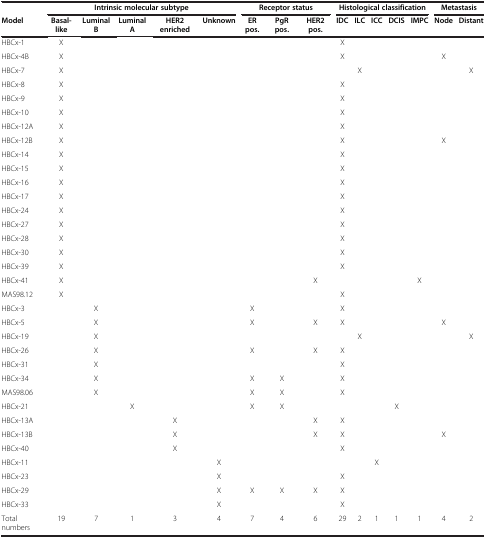
<table><thead><tr><td><b> </b></td><td colspan="5"><b>Intrinsic molecular subtype</b></td><td colspan="3"><b>Receptor status</b></td><td colspan="5"><b>Histological classification</b></td><td colspan="2"><b>Metastasis</b></td></tr><tr><td><b>Model</b></td><td><b>Basal-like</b></td><td><b>Luminal B</b></td><td><b>Luminal A</b></td><td><b>HER2 enriched</b></td><td><b>Unknown</b></td><td><b>ER pos.</b></td><td><b>PgR pos.</b></td><td><b>HER2 pos.</b></td><td><b>IDC</b></td><td><b>ILC</b></td><td><b>ICC</b></td><td><b>DCIS</b></td><td><b>IMPC</b></td><td><b>Node</b></td><td><b>Distant</b></td></tr></thead><tbody><tr><td>HBCx-1</td><td>X</td><td> </td><td> </td><td> </td><td> </td><td> </td><td> </td><td> </td><td>X</td><td> </td><td> </td><td> </td><td> </td><td> </td><td> </td></tr><tr><td>HBCx-4B</td><td>X</td><td> </td><td> </td><td> </td><td> </td><td> </td><td> </td><td> </td><td>X</td><td> </td><td> </td><td> </td><td> </td><td>X</td><td> </td></tr><tr><td>HBCx-7</td><td>X</td><td> </td><td> </td><td> </td><td> </td><td> </td><td> </td><td> </td><td> </td><td>X</td><td> </td><td> </td><td> </td><td> </td><td>X</td></tr><tr><td>HBCx-8</td><td>X</td><td> </td><td> </td><td> </td><td> </td><td> </td><td> </td><td> </td><td>X</td><td> </td><td> </td><td> </td><td> </td><td> </td><td> </td></tr><tr><td>HBCx-9</td><td>X</td><td> </td><td> </td><td> </td><td> </td><td> </td><td> </td><td> </td><td>X</td><td> </td><td> </td><td> </td><td> </td><td> </td><td> </td></tr><tr><td>HBCx-10</td><td>X</td><td> </td><td> </td><td> </td><td> </td><td> </td><td> </td><td> </td><td>X</td><td> </td><td> </td><td> </td><td> </td><td> </td><td> </td></tr><tr><td>HBCx-12A</td><td>X</td><td> </td><td> </td><td> </td><td> </td><td> </td><td> </td><td> </td><td>X</td><td> </td><td> </td><td> </td><td> </td><td> </td><td> </td></tr><tr><td>HBCx-12B</td><td>X</td><td> </td><td> </td><td> </td><td> </td><td> </td><td> </td><td> </td><td>X</td><td> </td><td> </td><td> </td><td> </td><td>X</td><td> </td></tr><tr><td>HBCx-14</td><td>X</td><td> </td><td> </td><td> </td><td> </td><td> </td><td> </td><td> </td><td>X</td><td> </td><td> </td><td> </td><td> </td><td> </td><td> </td></tr><tr><td>HBCx-15</td><td>X</td><td> </td><td> </td><td> </td><td> </td><td> </td><td> </td><td> </td><td>X</td><td> </td><td> </td><td> </td><td> </td><td> </td><td> </td></tr><tr><td>HBCx-16</td><td>X</td><td> </td><td> </td><td> </td><td> </td><td> </td><td> </td><td> </td><td>X</td><td> </td><td> </td><td> </td><td> </td><td> </td><td> </td></tr><tr><td>HBCx-17</td><td>X</td><td> </td><td> </td><td> </td><td> </td><td> </td><td> </td><td> </td><td>X</td><td> </td><td> </td><td> </td><td> </td><td> </td><td> </td></tr><tr><td>HBCx-24</td><td>X</td><td> </td><td> </td><td> </td><td> </td><td> </td><td> </td><td> </td><td>X</td><td> </td><td> </td><td> </td><td> </td><td> </td><td> </td></tr><tr><td>HBCx-27</td><td>X</td><td> </td><td> </td><td> </td><td> </td><td> </td><td> </td><td> </td><td>X</td><td> </td><td> </td><td> </td><td> </td><td> </td><td> </td></tr><tr><td>HBCx-28</td><td>X</td><td> </td><td> </td><td> </td><td> </td><td> </td><td> </td><td> </td><td>X</td><td> </td><td> </td><td> </td><td> </td><td> </td><td> </td></tr><tr><td>HBCx-30</td><td>X</td><td> </td><td> </td><td> </td><td> </td><td> </td><td> </td><td> </td><td>X</td><td> </td><td> </td><td> </td><td> </td><td> </td><td> </td></tr><tr><td>HBCx-39</td><td>X</td><td> </td><td> </td><td> </td><td> </td><td> </td><td> </td><td> </td><td>X</td><td> </td><td> </td><td> </td><td> </td><td> </td><td> </td></tr><tr><td>HBCx-41</td><td>X</td><td> </td><td> </td><td> </td><td> </td><td> </td><td> </td><td>X</td><td> </td><td> </td><td> </td><td> </td><td>X</td><td> </td><td> </td></tr><tr><td>MAS98.12</td><td>X</td><td> </td><td> </td><td> </td><td> </td><td> </td><td> </td><td> </td><td>X</td><td> </td><td> </td><td> </td><td> </td><td> </td><td> </td></tr><tr><td>HBCx-3</td><td> </td><td>X</td><td> </td><td> </td><td> </td><td>X</td><td> </td><td> </td><td>X</td><td> </td><td> </td><td> </td><td> </td><td> </td><td> </td></tr><tr><td>HBCx-5</td><td> </td><td>X</td><td> </td><td> </td><td> </td><td>X</td><td> </td><td>X</td><td>X</td><td> </td><td> </td><td> </td><td> </td><td>X</td><td> </td></tr><tr><td>HBCx-19</td><td> </td><td>X</td><td> </td><td> </td><td> </td><td> </td><td> </td><td> </td><td> </td><td>X</td><td> </td><td> </td><td> </td><td> </td><td>X</td></tr><tr><td>HBCx-26</td><td> </td><td>X</td><td> </td><td> </td><td> </td><td>X</td><td> </td><td>X</td><td>X</td><td> </td><td> </td><td> </td><td> </td><td> </td><td> </td></tr><tr><td>HBCx-31</td><td> </td><td>X</td><td> </td><td> </td><td> </td><td> </td><td> </td><td> </td><td>X</td><td> </td><td> </td><td> </td><td> </td><td> </td><td> </td></tr><tr><td>HBCx-34</td><td> </td><td>X</td><td> </td><td> </td><td> </td><td>X</td><td>X</td><td> </td><td>X</td><td> </td><td> </td><td> </td><td> </td><td> </td><td> </td></tr><tr><td>MAS98.06</td><td> </td><td>X</td><td> </td><td> </td><td> </td><td>X</td><td>X</td><td> </td><td>X</td><td> </td><td> </td><td> </td><td> </td><td> </td><td> </td></tr><tr><td>HBCx-21</td><td> </td><td> </td><td>X</td><td> </td><td> </td><td>X</td><td>X</td><td> </td><td> </td><td> </td><td> </td><td>X</td><td> </td><td> </td><td> </td></tr><tr><td>HBCx-13A</td><td> </td><td> </td><td> </td><td>X</td><td> </td><td> </td><td> </td><td>X</td><td>X</td><td> </td><td> </td><td> </td><td> </td><td> </td><td> </td></tr><tr><td>HBCx-13B</td><td> </td><td> </td><td> </td><td>X</td><td> </td><td> </td><td> </td><td>X</td><td>X</td><td> </td><td> </td><td> </td><td> </td><td>X</td><td> </td></tr><tr><td>HBCx-40</td><td> </td><td> </td><td> </td><td>X</td><td> </td><td> </td><td> </td><td> </td><td>X</td><td> </td><td> </td><td> </td><td> </td><td> </td><td> </td></tr><tr><td>HBCx-11</td><td> </td><td> </td><td> </td><td> </td><td>X</td><td> </td><td> </td><td> </td><td> </td><td> </td><td>X</td><td> </td><td> </td><td> </td><td> </td></tr><tr><td>HBCx-23</td><td> </td><td> </td><td> </td><td> </td><td>X</td><td> </td><td> </td><td> </td><td>X</td><td> </td><td> </td><td> </td><td> </td><td> </td><td> </td></tr><tr><td>HBCx-29</td><td> </td><td> </td><td> </td><td> </td><td>X</td><td>X</td><td>X</td><td>X</td><td>X</td><td> </td><td> </td><td> </td><td> </td><td> </td><td> </td></tr><tr><td>HBCx-33</td><td> </td><td> </td><td> </td><td> </td><td>X</td><td> </td><td> </td><td> </td><td>X</td><td> </td><td> </td><td> </td><td> </td><td> </td><td> </td></tr><tr><td>Total numbers</td><td>19</td><td>7</td><td>1</td><td>3</td><td>4</td><td>7</td><td>4</td><td>6</td><td>29</td><td>2</td><td>1</td><td>1</td><td>1</td><td>4</td><td>2</td></tr></tbody></table>